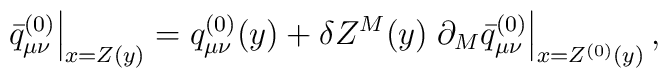
\left.\bar{q}^{(0)}_{\mu\nu}\right|_{x=Z(y)} = 	q^{(0)}_{\mu\nu}(y) + \delta Z^M(y)	\left.\partial_M\bar{q}^{(0)}_{\mu\nu}\right|_{x=Z^{(0)}(y)},